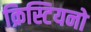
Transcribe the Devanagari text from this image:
क्रिस्टियनो